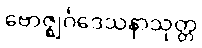
ဗောဇ္ဈင်္ဂဒေသနာသုတ္တ